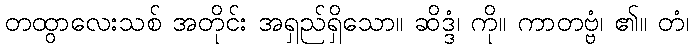
တထွာလေးသစ် အတိုင်း အရှည်ရှိသော။ ဆိဒ္ဒံ၊ ကို။ ကာတဗ္ဗံ၊ ၏။ တံ၊